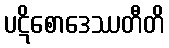
ပဋိစောဒေဿတီတိ